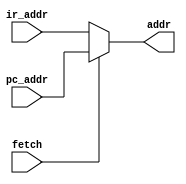
module addr(addr,fetch,ir_addr,pc_addr);
output 	[5:0]	addr;
input 	[5:0]	ir_addr,pc_addr;
input fetch;

assign addr=fetch?pc_addr:ir_addr;

endmodule